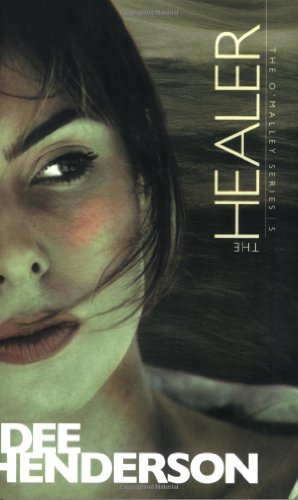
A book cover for The Healer (The O'Malley Series #5); Dee Henderson; Romance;